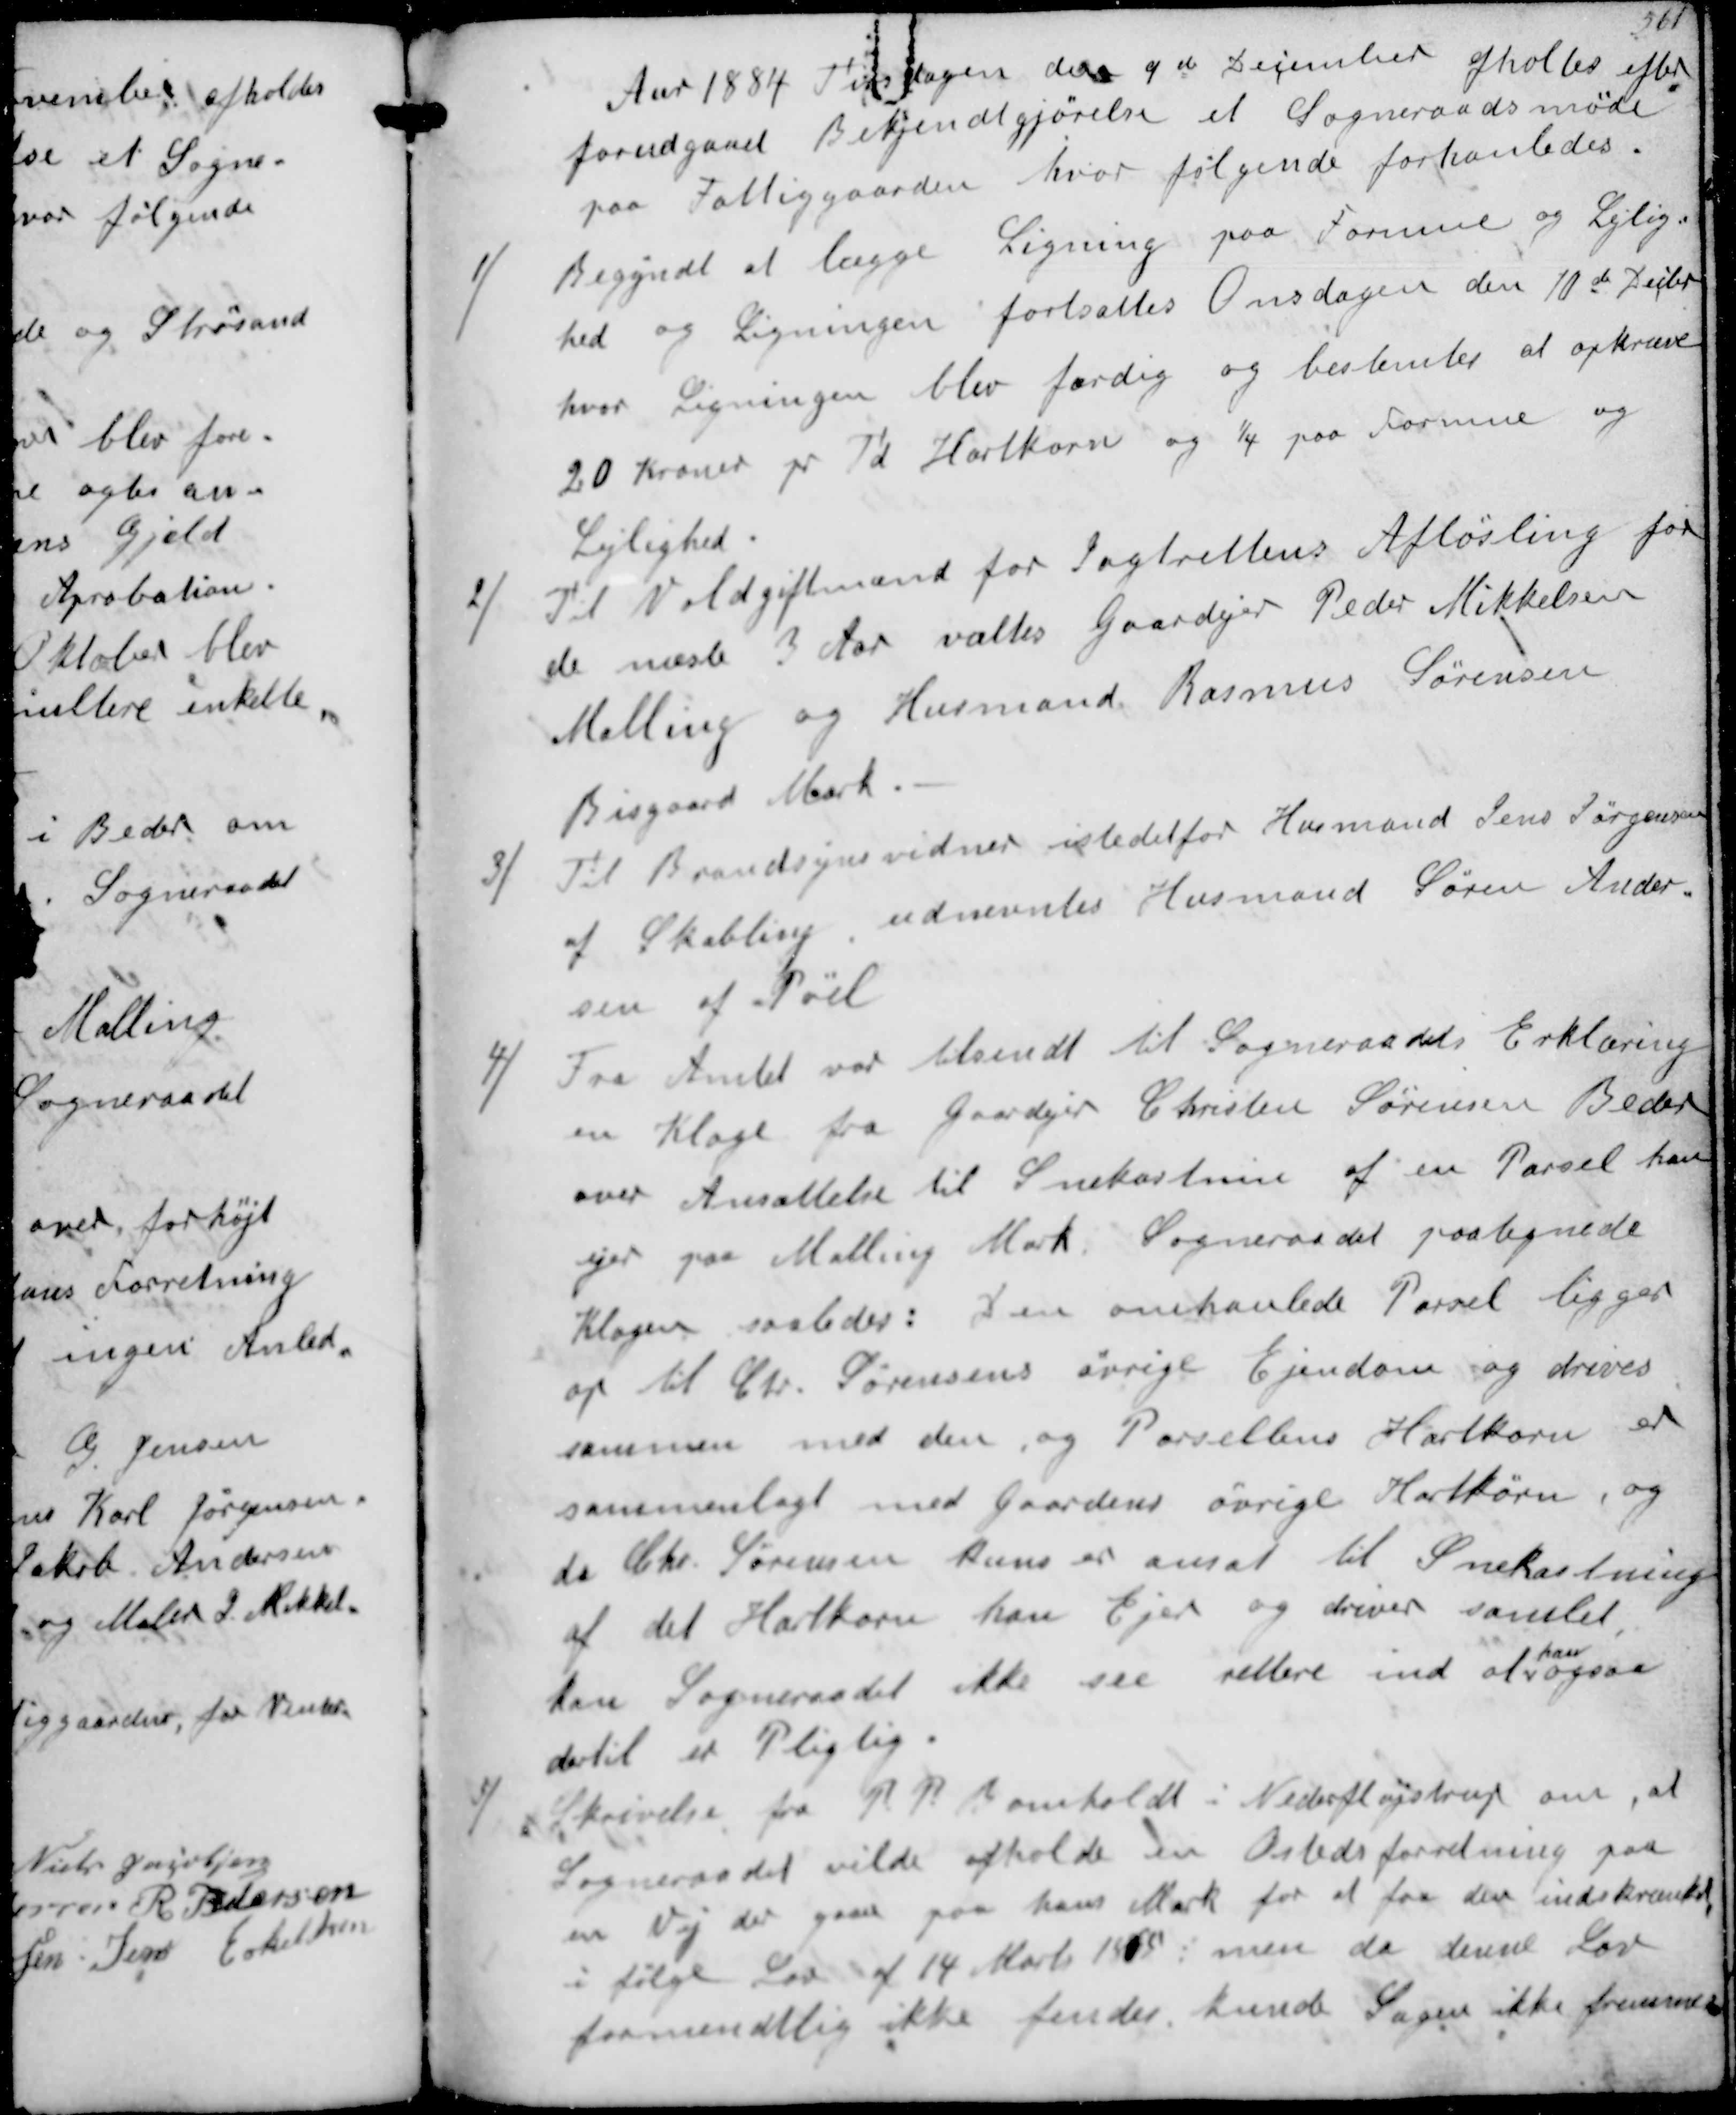
Transskription:
Aar 1884 Tirsdagen den 9de December afholtes efter
forudgaaet Bekjendtgjørelse et Sogneraadsmøde
paa Fattiggaarden hvor følgende forhanledes
1/
Begyndt at lægge Ligning paa Formue og Lejlig-
hed og Ligningen fortsattes Onsdagen den 10de Decbr
hvor Ligningen blev færdig og bestemte at opkræve
20 Kroner pr Td Hartkorn og 1/4 paa Formue og
Lejlighed
2/
Til Voldgiftmænd for Jagtrettens Afløsning for
de næste 3 Aar valtes Gaardejer Peder Mikkelsen
Malling og Husmand Rasmus Sørensen
Bisgaard Mark
3/
Til Brandsynsvidne istedetfor Husmand Jens Jørgensen
af Skabling udnævntes Husmand Søren Ander-
sen af Pøel
4/
Fra Amtet var tilsendt til Sogneraadet Erklæring
en Klage fra Gaardejer Christen Sørensen Beder
over Ansættelse til Snekastnin af en Parsel han
ejer paa Malling Mark Sogneraadet paategnede
Klagen saaledes: Den omhanlede Parsel ligger
op til Chr Sørensens øvrige Ejendom og drives
sammen med den og Parsellens Hartkorn er
sammenlagt med Gaardens øvrige Hartkorn, og
da Chr. Sørensen kuns er ansat til Snekastning
af det Hartkorn han Ejer og driver samlet
kan Sogneraadet ikke see rettere ind at
han
ogsaa
dertil er pligtig
5/
Skrivelse fra P P Bomholdt i Neder Fløjstrup om, at
Sogneraadet vilde afholde en Aastedsforretning paa
en Vej der gaar paa hans Mark for at faa den indskrænket,
i følge Lov af 14 Marts 1865 men da denne Lov
formentlig ikke findes kunde Sagen ikke fremmes